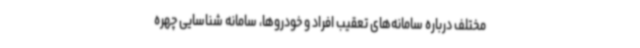
مختلف درباره سامانه‌های تعقیب افراد و خودروها، سامانه شناسایی چهره